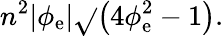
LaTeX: n^{2}|\phi_{\mathrm{e}}|\sqrt{}{{\left(4\phi_{\mathrm{e}}^{2}-1\right)}}.